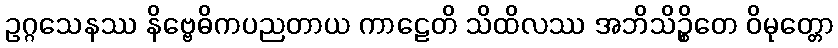
ဥဂ္ဂသေနဿ နိဗ္ဗေဓိကပညတာယ ကာဠေတိ သိထိလဿ အဘိသိဉ္စိတေ ဝိမုတ္တော